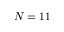
N = 1 1